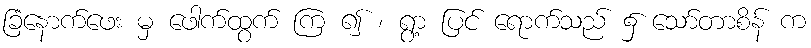
ခြံနောက်ဖေး မှ ဖေါက်ထွက် ကြ ၍ ၊ ရွာ့ ပြင် ရောက်သည် ၌ သော်တာစိန် က